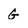
Character: G